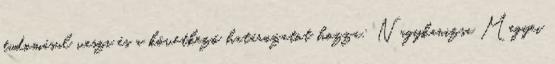
tudomásul veszi és a következő határozatot hozza: Nagykanizsa Megyei